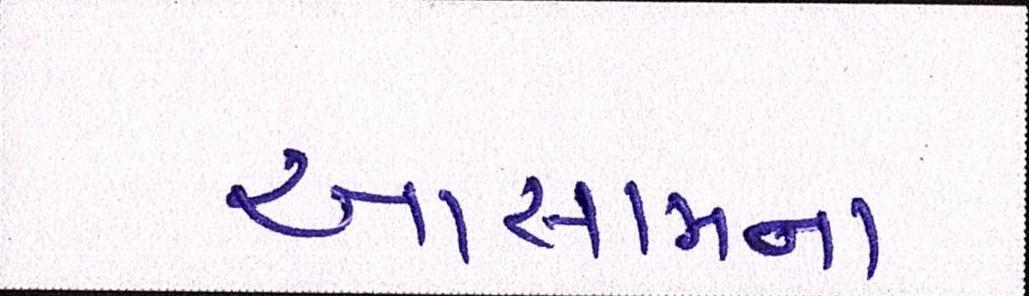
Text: આસામના